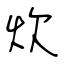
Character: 炊